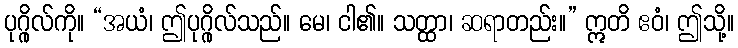
ပုဂ္ဂိုလ်ကို။ “အယံ၊ ဤပုဂ္ဂိုလ်သည်။ မေ၊ ငါ၏။ သတ္ထာ၊ ဆရာတည်း။” ဣတိ ဧဝံ၊ ဤသို့။